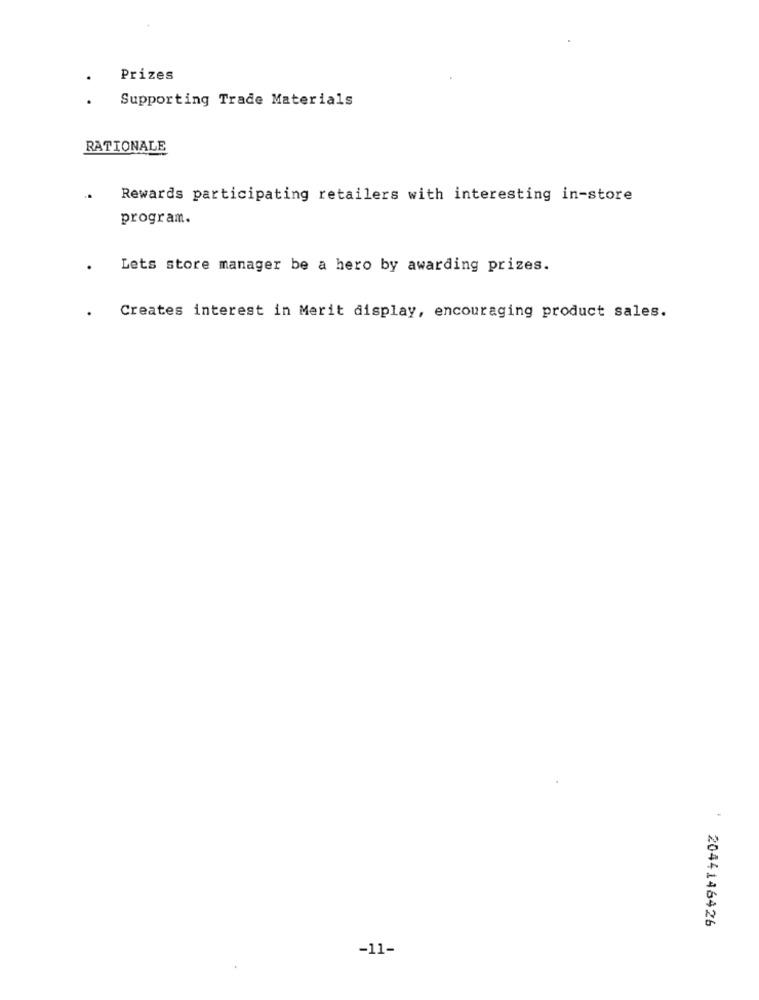
Prizes
Supporting Trade Materials
RATIONALE
Rewards participating retailers with interesting in-store
program.
Lets store manager be a hero by awarding prizes.
Creates interest in Merit display, encouraging product sales.
2044146426
-11-